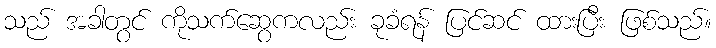
သည် အခါတွင် ကိုသက်ဆွေကလည်း ခုခံရန် ပြင်ဆင် ထားပြီး ဖြစ်သည်။